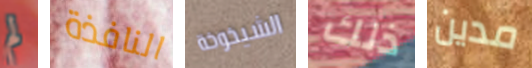
لم النافذة الشيخوخة ذلك مدين